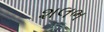
શલભ